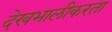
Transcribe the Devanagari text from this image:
देखभालीकरता